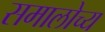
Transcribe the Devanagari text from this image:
समालोच्य